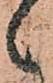
々